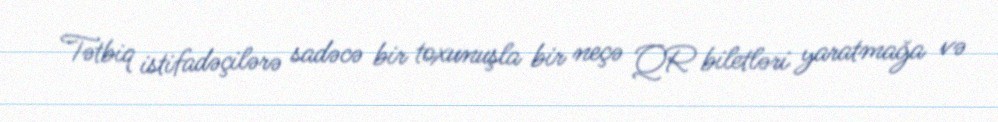
Tətbiq istifadəçilərə sadəcə bir toxunuşla bir neçə QR biletləri yaratmağa və